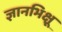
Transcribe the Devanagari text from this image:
ज्ञानभिक्षू